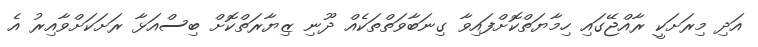
އަދި މިރަށަކީ ރާއްޖޭގައި ހިމާޔަތްކޮށްފައިވާ ގިނަބާވަތްތަކެއް ދޫނި ޒިޔާރަތްކޮށް ބިސްއަޅާ ރަށަކަށްވާއިރު އެ